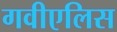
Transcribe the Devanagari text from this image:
गवीएलिस